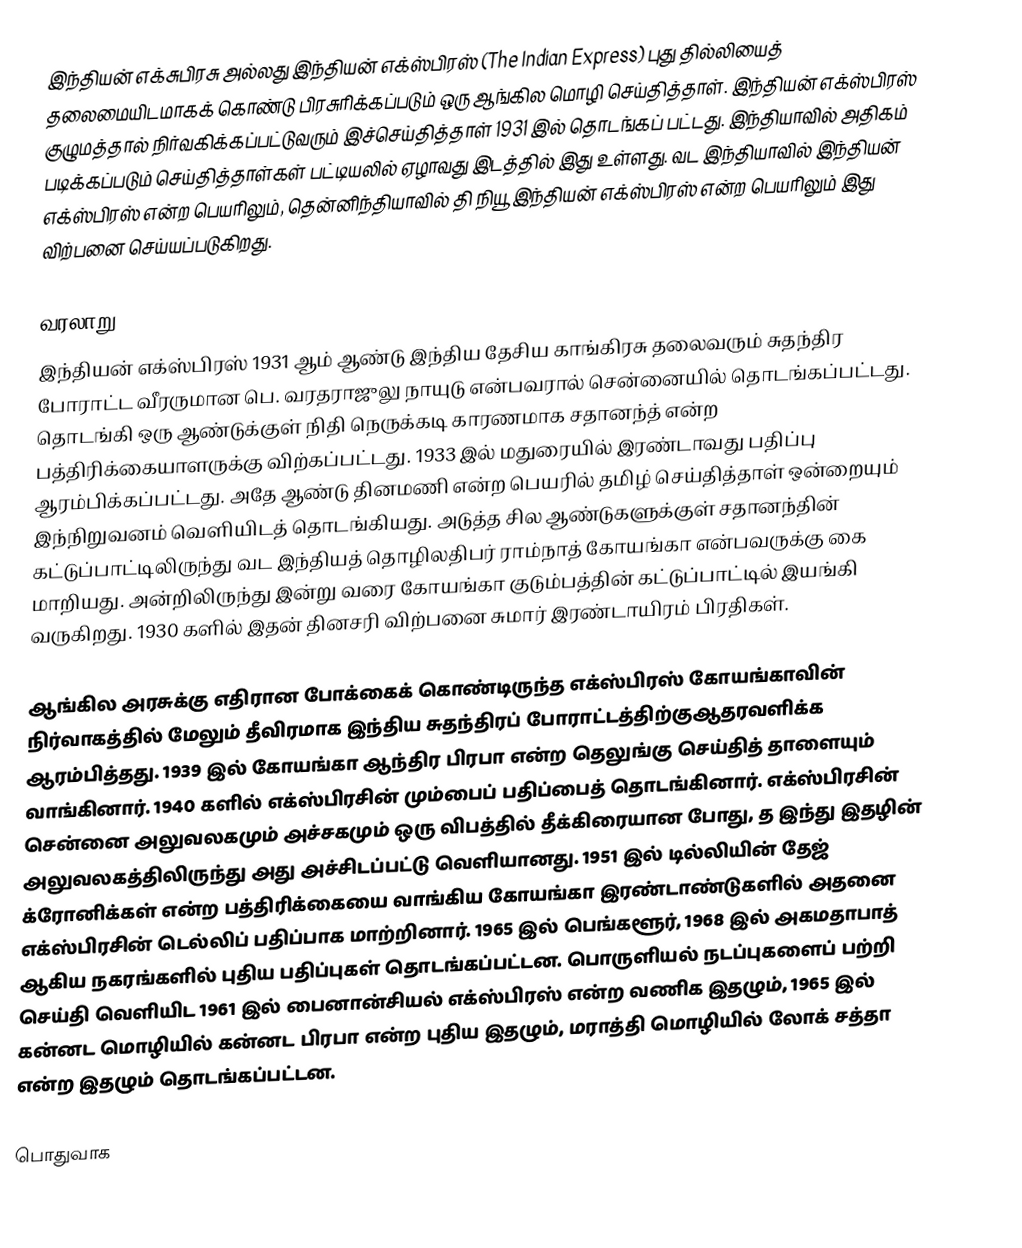
இந்தியன் எக்சுபிரசு அல்லது இந்தியன் எக்ஸ்பிரஸ் (The Indian Express) புது தில்லியைத் தலைமையிடமாகக் கொண்டு பிரசுரிக்கப்படும் ஒரு ஆங்கில மொழி செய்தித்தாள். இந்தியன் எக்ஸ்பிரஸ் குழுமத்தால் நிர்வகிக்கப்பட்டுவரும் இச்செய்தித்தாள் 1931 இல் தொடங்கப் பட்டது. இந்தியாவில் அதிகம் படிக்கப்படும் செய்தித்தாள்கள் பட்டியலில் ஏழாவது இடத்தில் இது உள்ளது. வட இந்தியாவில் இந்தியன் எக்ஸ்பிரஸ் என்ற பெயரிலும், தென்னிந்தியாவில் தி நியூ இந்தியன் எக்ஸ்பிரஸ் என்ற பெயரிலும் இது விற்பனை செய்யப்படுகிறது.

வரலாறு
இந்தியன் எக்ஸ்பிரஸ் 1931 ஆம் ஆண்டு இந்திய தேசிய காங்கிரசு தலைவரும் சுதந்திர போராட்ட வீரருமான பெ. வரதராஜுலு நாயுடு என்பவரால் சென்னையில் தொடங்கப்பட்டது. தொடங்கி ஒரு ஆண்டுக்குள் நிதி நெருக்கடி காரணமாக சதானந்த் என்ற பத்திரிக்கையாளருக்கு விற்கப்பட்டது. 1933 இல் மதுரையில் இரண்டாவது பதிப்பு ஆரம்பிக்கப்பட்டது. அதே ஆண்டு தினமணி என்ற பெயரில் தமிழ் செய்தித்தாள் ஒன்றையும் இந்நிறுவனம் வெளியிடத் தொடங்கியது. அடுத்த சில ஆண்டுகளுக்குள் சதானந்தின் கட்டுப்பாட்டிலிருந்து வட இந்தியத் தொழிலதிபர் ராம்நாத் கோயங்கா என்பவருக்கு கை மாறியது. அன்றிலிருந்து இன்று வரை கோயங்கா குடும்பத்தின் கட்டுப்பாட்டில் இயங்கி வருகிறது. 1930 களில் இதன் தினசரி விற்பனை சுமார் இரண்டாயிரம் பிரதிகள்.

ஆங்கில அரசுக்கு எதிரான போக்கைக் கொண்டிருந்த எக்ஸ்பிரஸ் கோயங்காவின் நிர்வாகத்தில் மேலும் தீவிரமாக இந்திய சுதந்திரப் போராட்டத்திற்குஆதரவளிக்க ஆரம்பித்தது. 1939 இல் கோயங்கா ஆந்திர பிரபா என்ற தெலுங்கு செய்தித் தாளையும் வாங்கினார். 1940 களில் எக்ஸ்பிரசின் மும்பைப் பதிப்பைத் தொடங்கினார். எக்ஸ்பிரசின் சென்னை அலுவலகமும் அச்சகமும் ஒரு விபத்தில் தீக்கிரையான போது, த இந்து இதழின் அலுவலகத்திலிருந்து அது அச்சிடப்பட்டு வெளியானது. 1951 இல் டில்லியின் தேஜ் க்ரோனிக்கள் என்ற பத்திரிக்கையை வாங்கிய கோயங்கா இரண்டாண்டுகளில் அதனை எக்ஸ்பிரசின் டெல்லிப் பதிப்பாக மாற்றினார். 1965 இல் பெங்களூர், 1968 இல் அகமதாபாத் ஆகிய நகரங்களில் புதிய பதிப்புகள் தொடங்கப்பட்டன. பொருளியல் நடப்புகளைப் பற்றி செய்தி வெளியிட 1961 இல் பைனான்சியல் எக்ஸ்பிரஸ் என்ற வணிக இதழும், 1965 இல் கன்னட மொழியில் கன்னட பிரபா என்ற புதிய இதழும், மராத்தி மொழியில் லோக் சத்தா என்ற இதழும் தொடங்கப்பட்டன.

பொதுவாக